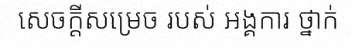
សេចក្តីសម្រេច របស់ អង្គការ ថ្នាក់